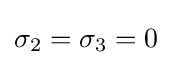
\sigma _{2}=\sigma _{3}=0